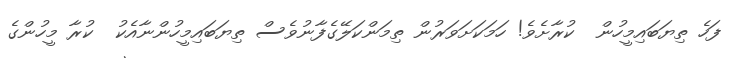
ފަހެ ތިޔަބައިމީހުން  ކުރާށެވެ! ހަމަކަށަވަރުން ތިމަންކަލޭގެފާނުވެސް ތިޔަބައިމީހުންނާއެކު  ކުރާ މީހުންގެ